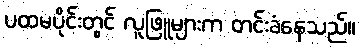
ပထမပိုင်းတွင် လူဖြူများက တင်းခံနေသည်။